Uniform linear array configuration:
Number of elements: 16
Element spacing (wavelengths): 1
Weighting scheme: uniform
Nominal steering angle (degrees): -15
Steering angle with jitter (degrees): -14.562
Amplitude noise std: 0.05
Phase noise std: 0.05

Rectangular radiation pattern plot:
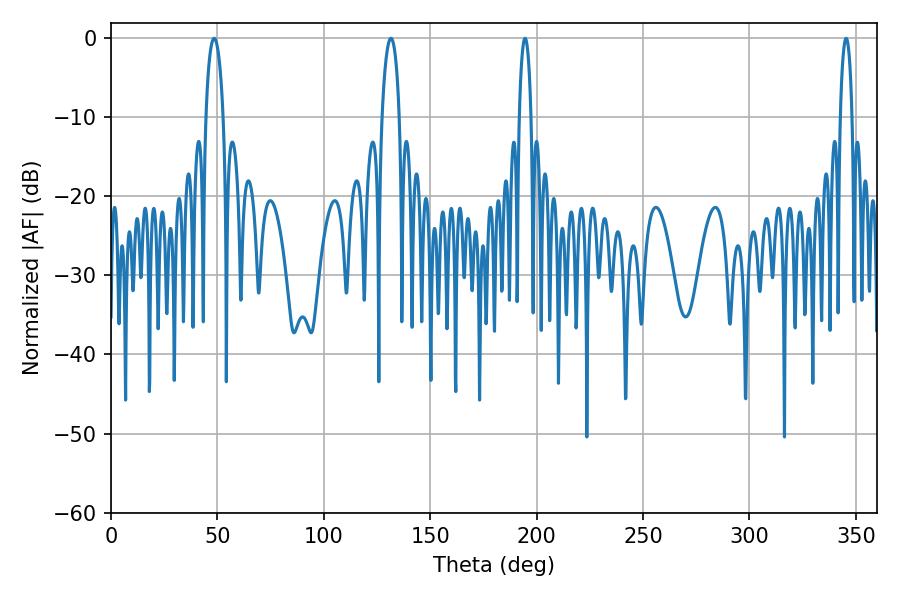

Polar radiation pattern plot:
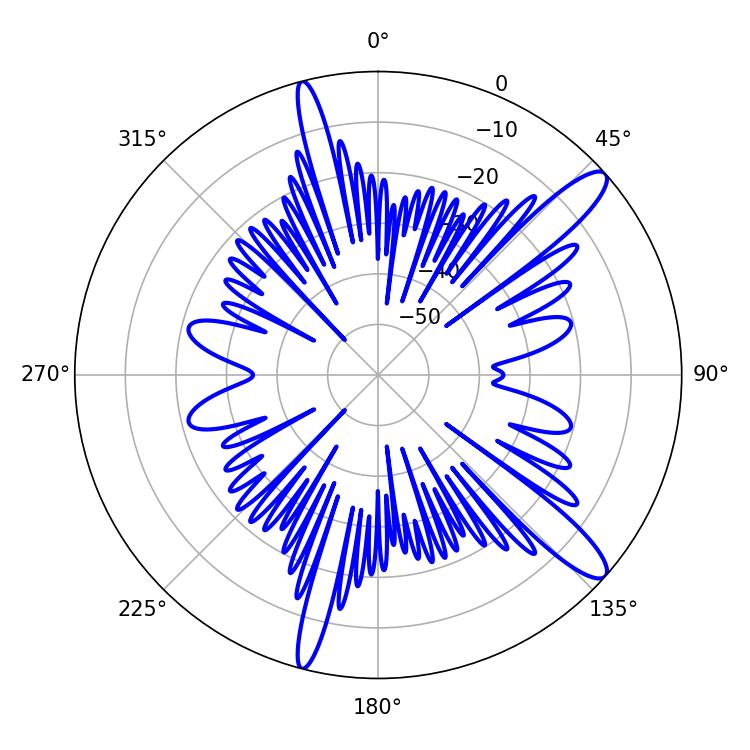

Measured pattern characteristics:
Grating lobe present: TRUE
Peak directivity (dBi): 12.78
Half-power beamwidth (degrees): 3.24
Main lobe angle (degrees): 345.42